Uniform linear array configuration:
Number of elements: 4
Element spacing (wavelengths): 0.5
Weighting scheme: uniform
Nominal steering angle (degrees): -45
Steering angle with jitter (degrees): -44.431
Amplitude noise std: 0.05
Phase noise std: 0.05

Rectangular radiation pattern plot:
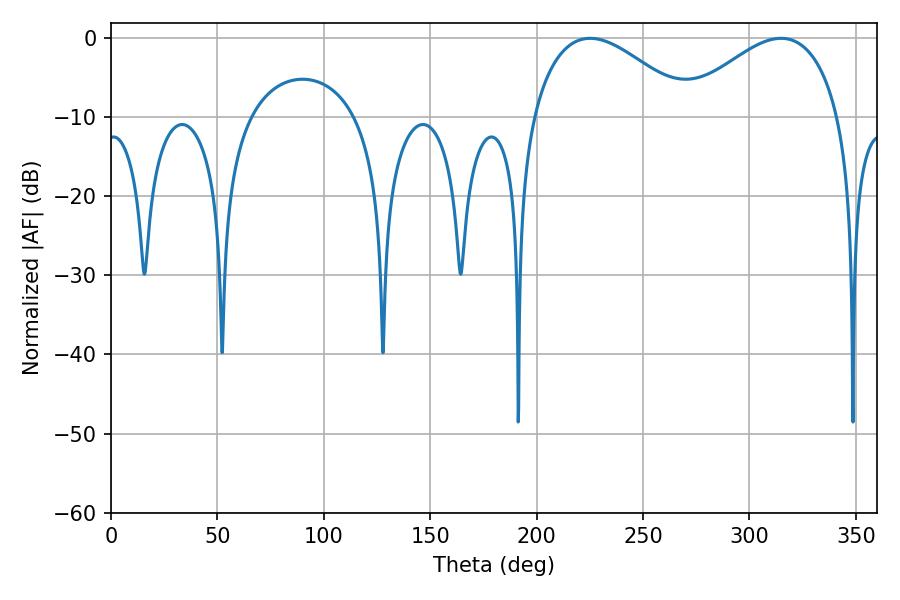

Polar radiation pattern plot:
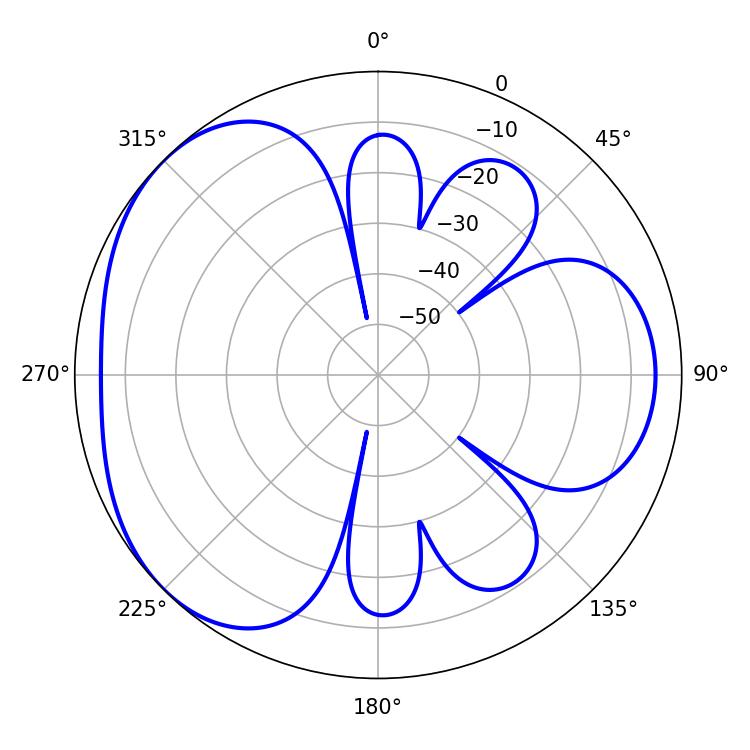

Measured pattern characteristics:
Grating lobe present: FALSE
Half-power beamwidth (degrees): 41.04
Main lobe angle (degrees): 225.18